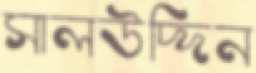
সালউদ্দিন